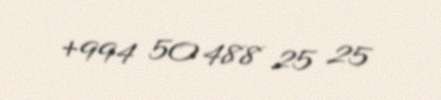
+994 50 488 25 25